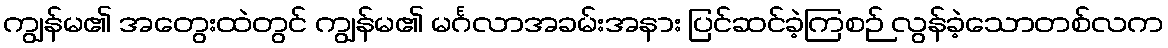
ကျွန်မ၏ အတွေးထဲတွင် ကျွန်မ၏ မင်္ဂလာအခမ်းအနား ပြင်ဆင်ခဲ့ကြစဉ် လွန်ခဲ့သောတစ်လက